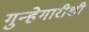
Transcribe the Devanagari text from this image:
गुन्हेगारीशी